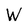
Character: W